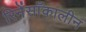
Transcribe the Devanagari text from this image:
रिनेंसाँकालीन